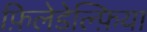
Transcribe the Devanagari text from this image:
फ़िलेडेल्फ़िया